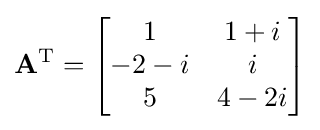
\mathbf {A} ^{\operatorname {T} }={\begin{bmatrix}1&1+i\\-2-i&i\\5&4-2i\end{bmatrix}}